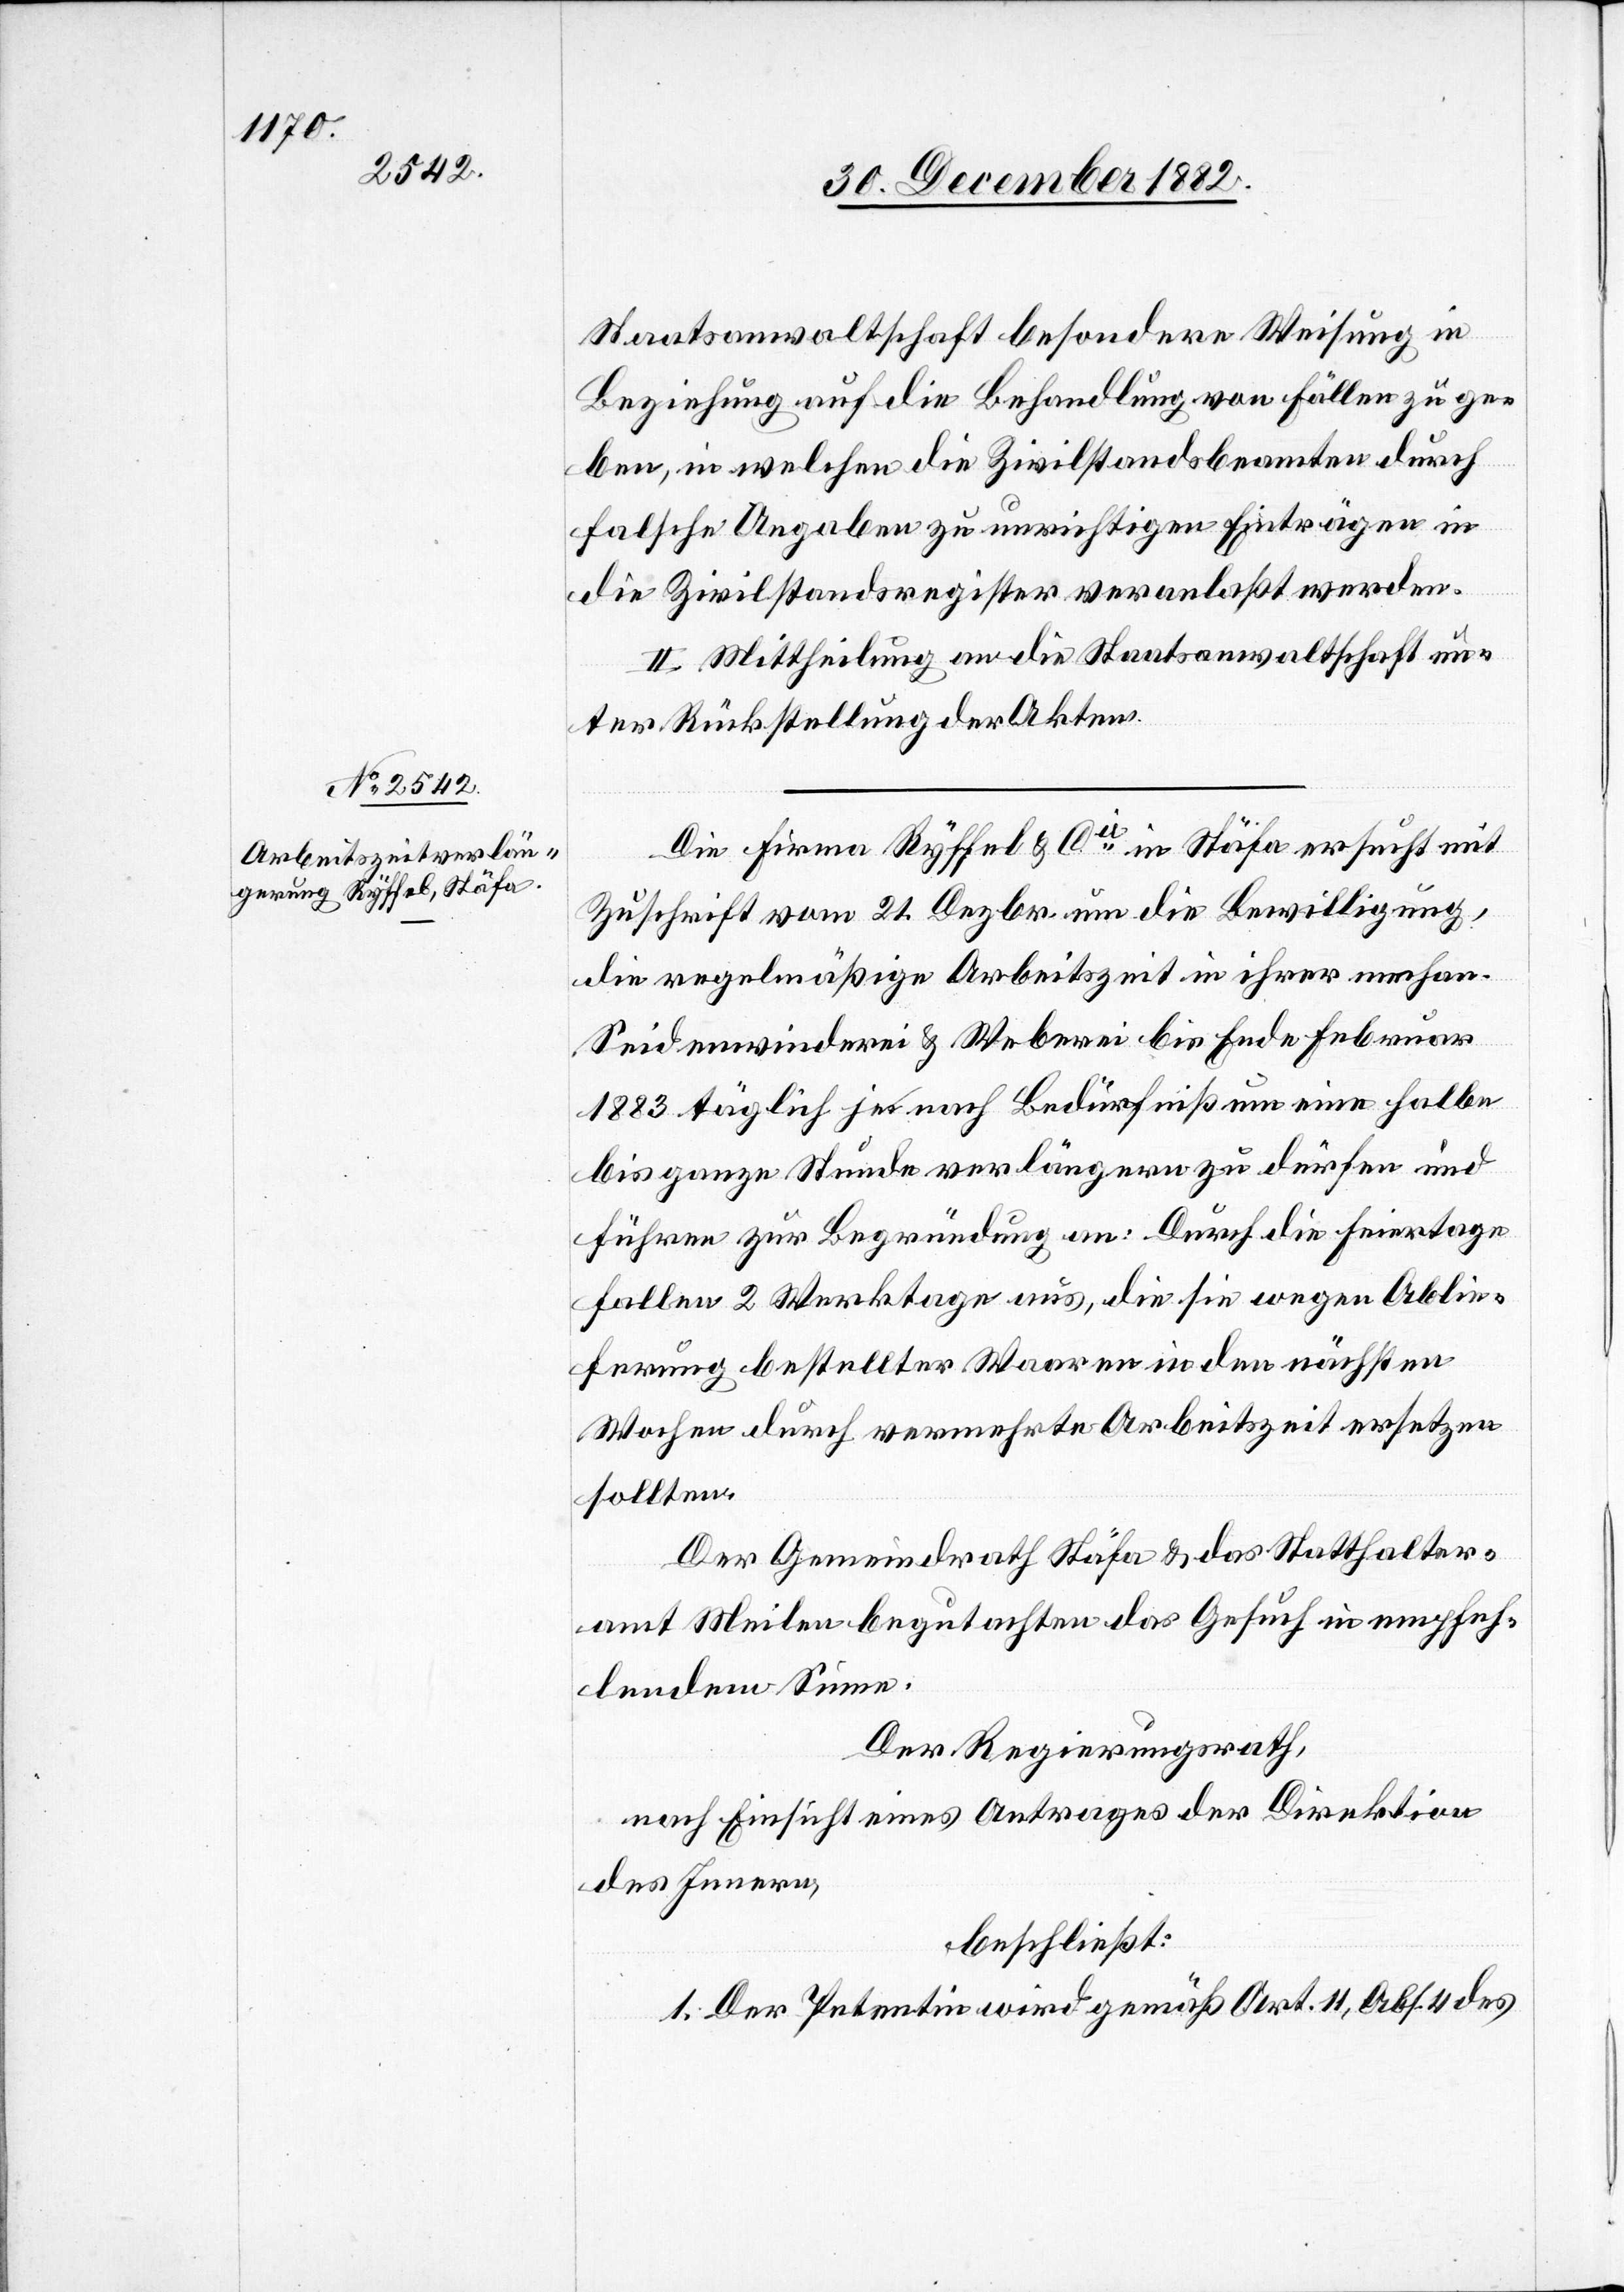
Staatsanwaltschaft besondere Weisung in
Beziehung auf die Behandlung von Fällen zu ge¬
ben, in welchen die Zivilstandsbeamten durch
falsche Angaben zu unrichtigen Einträgen in
die Zivilstandsregister veranlaßt werden.
II. Mittheilung an die Staatsanwaltschaft un¬
ter Rückstellung der Akten.
Die Firma Ryffel & Cie in Stäfa ersucht mit
Zuschrift vom 21. Dezbr. um die Bewilligung,
die regelmäßige Arbeitszeit in ihrer mechan.
Seidenwinderei & Weberei bis Ende Februar
1883 täglich je nach Bedürfniß um eine halbe
bis ganze Stunde verlängern zu dürfen und
führe zur Begründung an: Durch die Feiertage
fallen 2 Werktage aus, die sie wegen Ablie¬
ferung bestellter Waaren in den nächsten
Wochen durch vermehrte Arbeitszeit ersetzen
sollten.
Der Gemeindrath Stäfa & das Statthalter¬
amt Meilen begutachten das Gesuch in empfeh¬
lendem Sinne.
Der Regierungsrath,
nach Einsicht eines Antrages der Direktion
des Innern,
beschließt:
1. Der Petentin wird gemäß Art. 11, Abs. 4 des